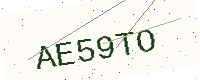
Text: AE59TO